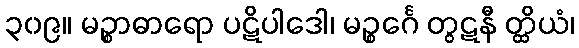
၃၀၉။ မဉ္စာဓာရော ပဋိပါဒေါ၊ မဉ္စင်္ဂေ တွဋနီ တ္ထိယံ၊